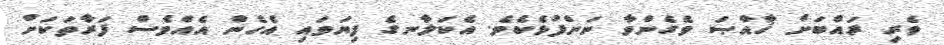
ވެރި ރައްބަށް ޚާއްޞަ ވެގެންވާ ނަންފުޅެކެވެ. އެކަލާނގެ ފިޔަވައި އެހެން އެއްވެސް ފަރާތަކަށް